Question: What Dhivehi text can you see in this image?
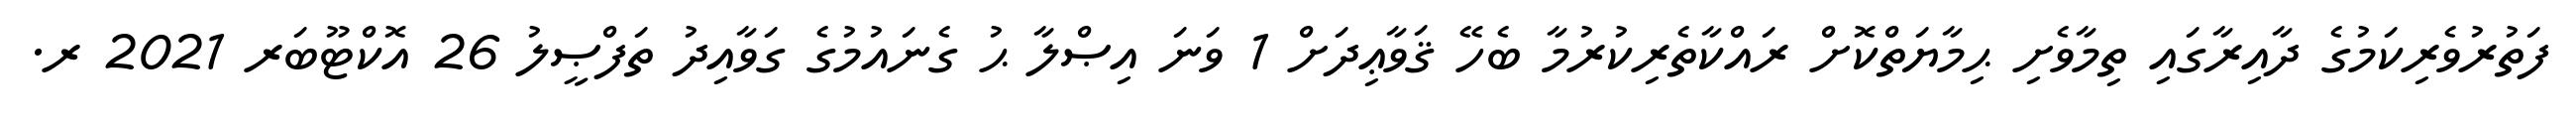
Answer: ފަތުރުވެރިކަމުގެ ދާއިރާގައި ތިމާވެށި ޙިމާޔަތްކޮށް ރައްކާތެރިކުރުމާ ބެހޭ ޤަވާޢިދަށް 1 ވަނަ އިޞްލާ ޙު ގެނައުމުގެ ގަވާއިދު ތަފްޞީލު 26 އޮކްޓޫބަރ 2021 ރ.